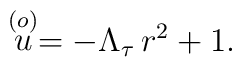
\stackrel{(o)}{u} = -\Lambda_\tau\, r^2 + 1.